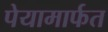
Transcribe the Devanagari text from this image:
पेयामार्फत